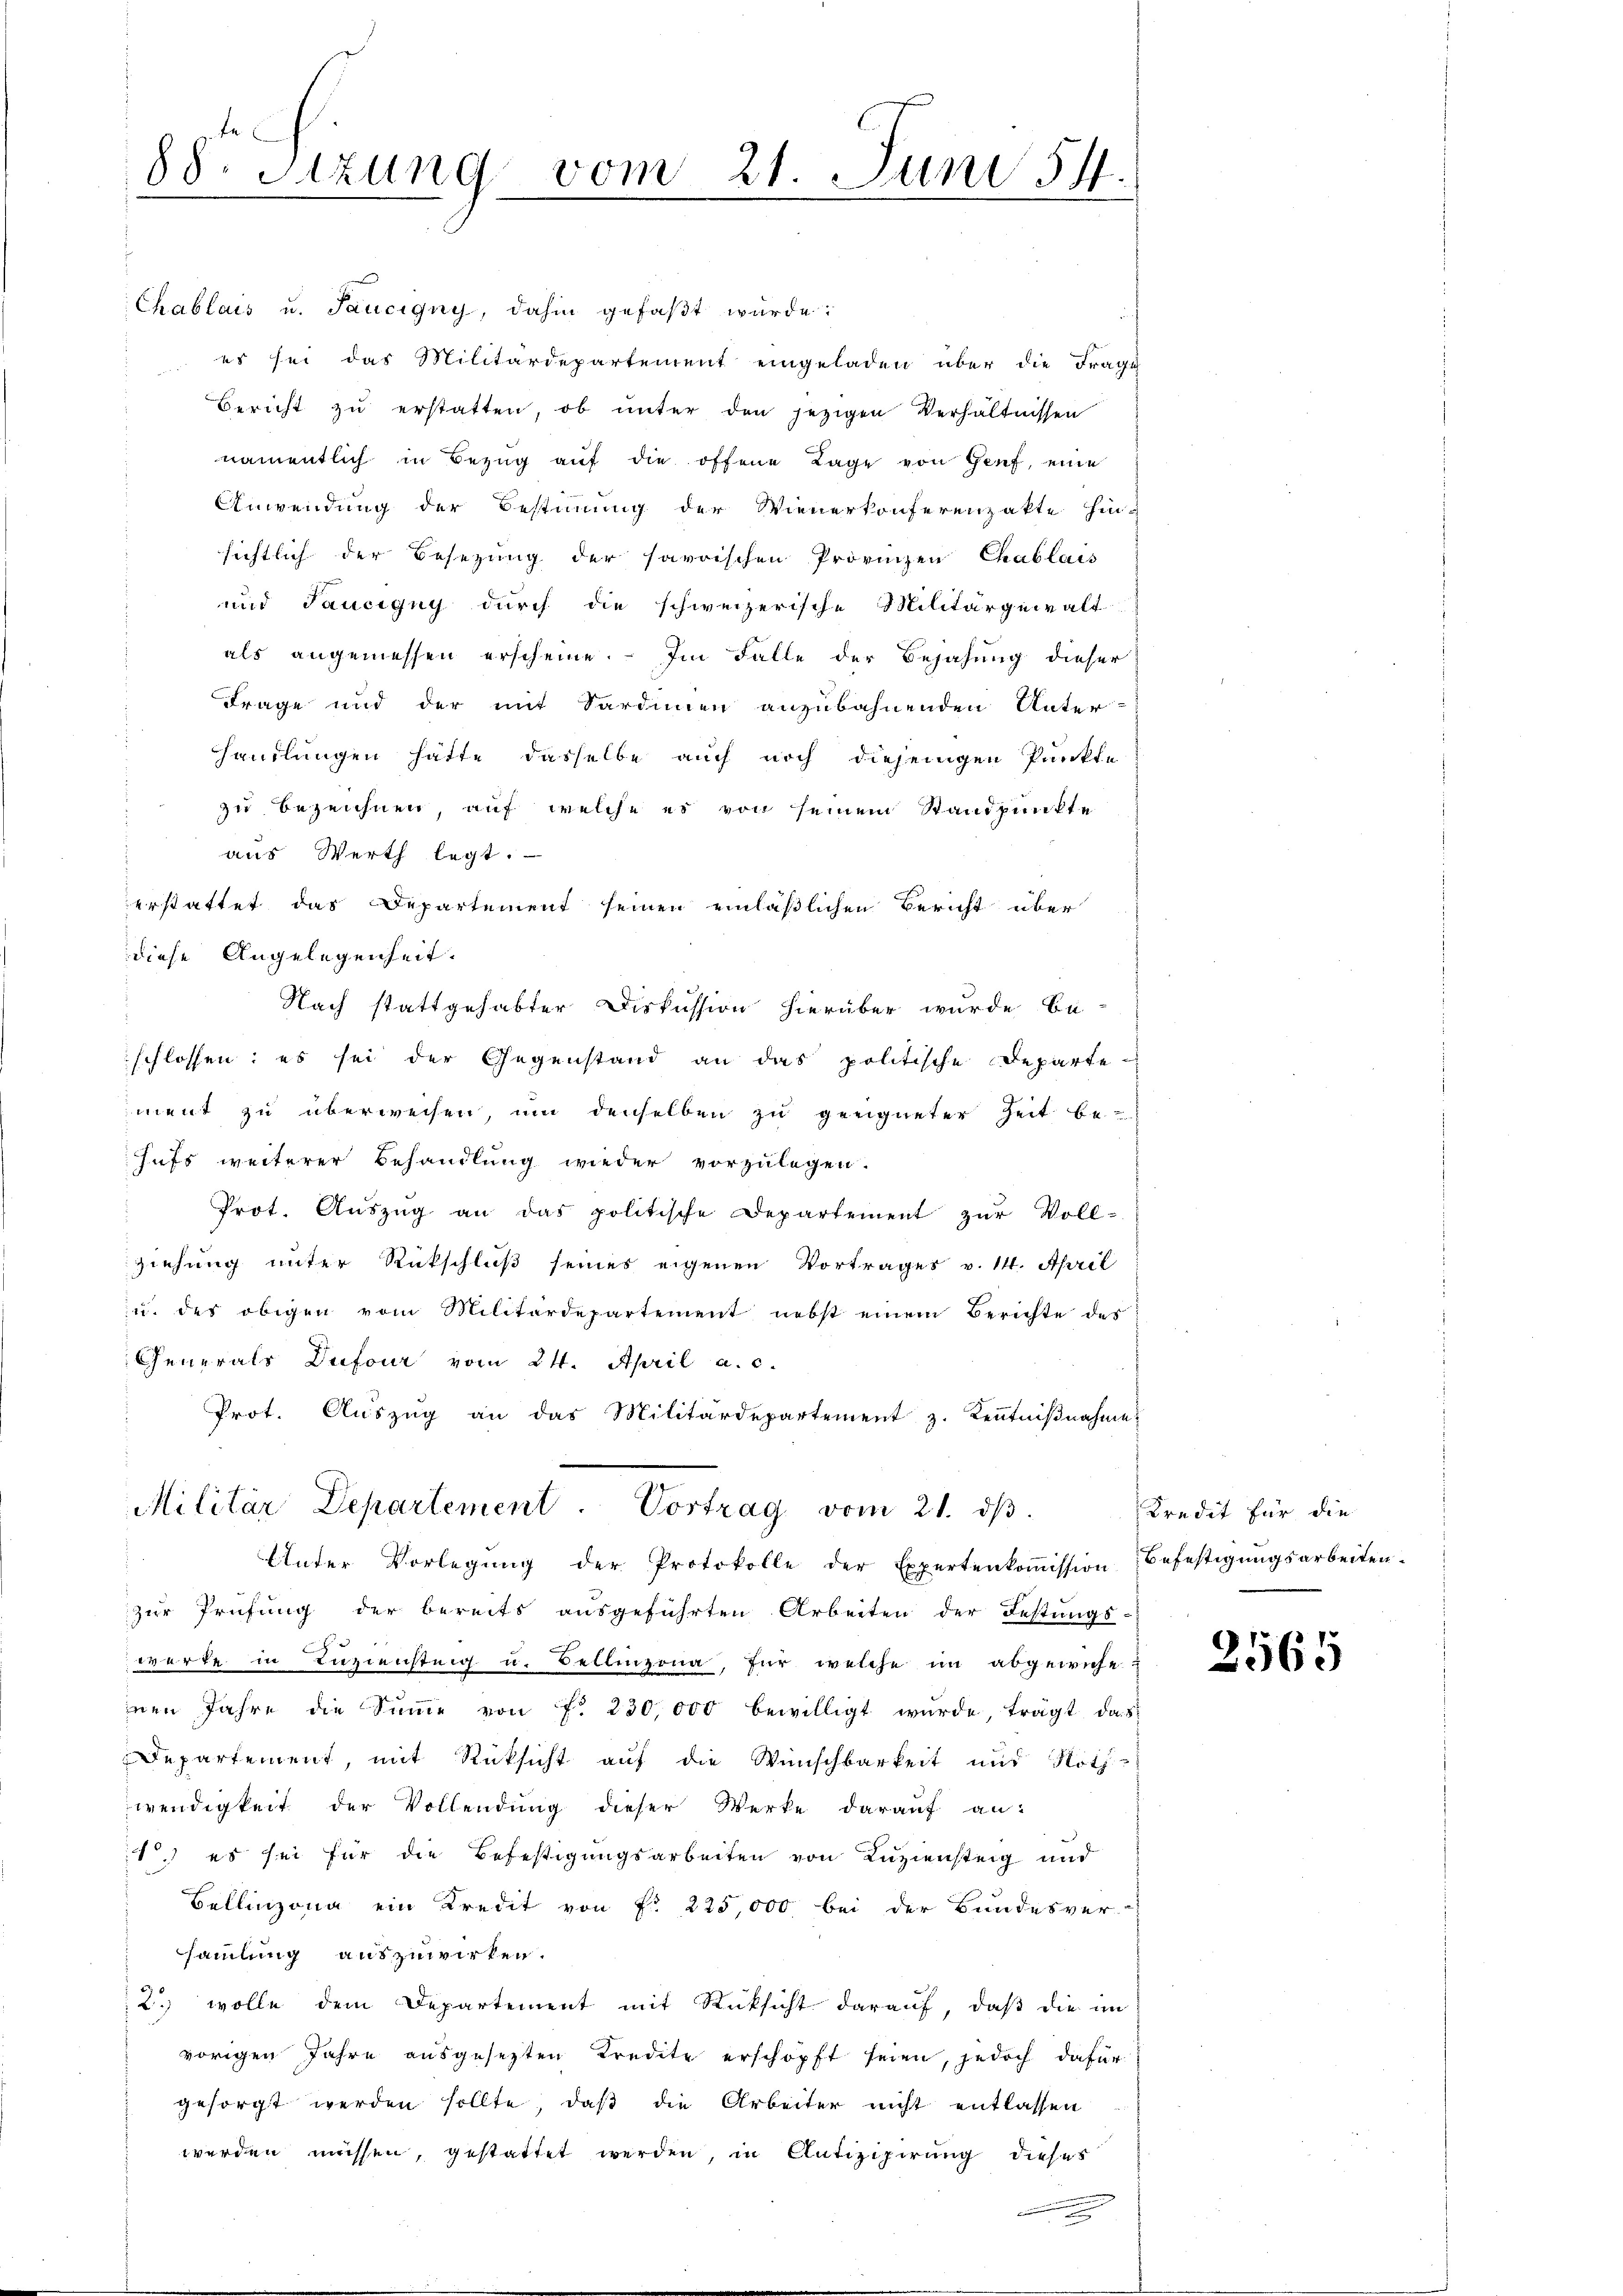
88. Sitzung

Chablais u. Taucigny, dahin gefaßt wurde.
es sei das Militärdepartement eingeladen über die Frage
Bericht zŭ erstatten, ob unter den jezigen Verhältnissen
namentlich in Bezug auf die offene Lage von Genf, eine
Anwendung der Bestimmung der Wienerkonferenzakte hin-
sichtlich der Besezung der savrischen Provinzen Chablais
und Taucigny durch die schweizerische Militärgewalt
als angemessen erscheine. Im Falle der Bejahung dieser
Frage und der mit Sardinien anzubahnenden Unter-
handlungen hätte dasselbe auch noch diejenigen Punkte
zu bezeichnen, auf welche es von seinem Standpunkte
aus Werth legt.
erstattet das Departement seinen einläßlichen Bericht über
diese Angelegenheit.
Nach stattgehabter Diskussion hierüber wurde be-
schlossen; es sei der Gegenstand an das politische Departement zu überweisen, um denselben zu geeigneter Zeit be-
hufs weiterer Behandlung wieder vorzulegen.
Prot. Auszug an das politische Departement zur Voll-
ziehung unter Rückschluß seines eigenen Vortrages v. 14. April
u. des obigen vom Militärdepartement nebst einem Berichte des
Generals Dufour vom 24. April a. c.
Prot. Aŭszŭg an das Militärdepartement z. Kenntniβnahme
e
Militär Departement. Vortrag vom 21. dβ.
Unter Vorlegŭng der Protokolle der Expertenkoṁission Befestigŭngsarbeiten.
zur Prüfung der bereits ausgeführten Arbeiten der Festungs-
werke in Zuziensteig u. Bellinzona, für welche im abgewicheinen Jahre die Sŭṁe von Fr. 230,000 bewilligt wŭrde, trägt das
Departement, mit Rücksicht auf die Wünschbarkeit und Noth-
wendigkeit der Vollendung dieser Werke darauf an:
1. es sei für die Befestigungsarbeiten von Luziensteig und
Bellinzona ein Kredit von f. 225,000 bei der Bundesver-
sammlung auszuwirken.
2. wolle dem Departement mit Rücksicht darauf, daß die im
vorigen Jahre ausgesetzten Kredite erschöpft seien, jedoch dafür
gesorgt werden sollte, daß die Arbeiter nicht entlassen
werden müssen, gestattet werden, in Antizipirung dieser

vom

21. Juni 54.
d

Kredit für die

2565